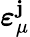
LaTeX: \boldsymbol\varepsilon_{\mu}^{\mathbf{j}}